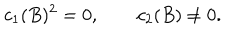
LaTeX: c _ { 1 } ( B ) ^ { 2 } = 0 , \qquad c _ { 2 } ( B ) \neq 0 .